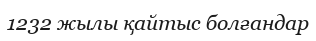
1232 жылы қайтыс болғандар